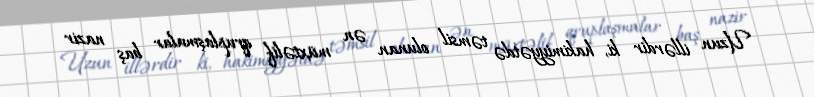
Uzun illərdir ki, hakimiyyətdə təmsil olunan ən müxtəlif qruplaşmalar baş nazir